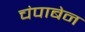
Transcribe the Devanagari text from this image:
चंपाबेन